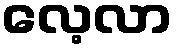
လေ့လာ